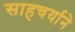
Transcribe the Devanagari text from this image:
साहचर्याने